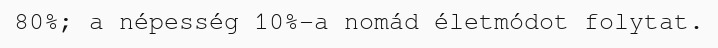
80%; a népesség 10%-a nomád életmódot folytat.